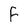
Character: F